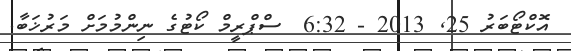
އޮކްޓޯބަރު 25